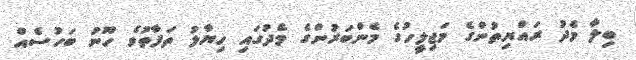
ބިލާ މެދު ރައްޔިތުންގެ މަޖިލީހުގެ މެންބަރުންގެ މެދުގައި ހިޔާލު ތަފާތުވެ ހޫނު ބަހުސެއް